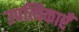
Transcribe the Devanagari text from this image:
उपत्यिकाएँ